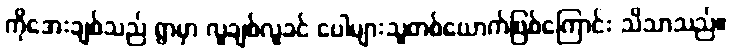
ကိုအေးချစ်သည် ရွာမှာ လူချစ်လူခင် ပေါများသူတစ်ယောက်ဖြစ်ကြောင်း သိသာသည်။